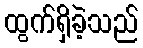
ထွက်ရှိခဲ့သည်